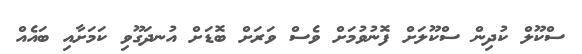
ސްކޫލް ކުދިން ސްކޫލަށް ފޮނުވުމަށް ވެސް ވަރަށް ބޮޑަށް އުނދަގޫވި ކަމަށާއި ބައެއް